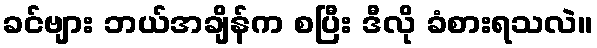
ခင်ဗျား ဘယ်အချိန်က စပြီး ဒီလို ခံစားရသလဲ။